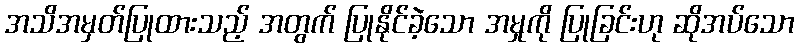
အသိအမှတ်ပြုထားသည့် အတွက် ပြုနိုင်ခဲ့သော အမှုကို ပြုခြင်းဟု ဆိုအပ်သော